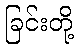
ခြင်းတို့